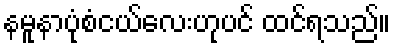
နမူနာပုံစံငယ်လေးဟုပင် ထင်ရသည်။